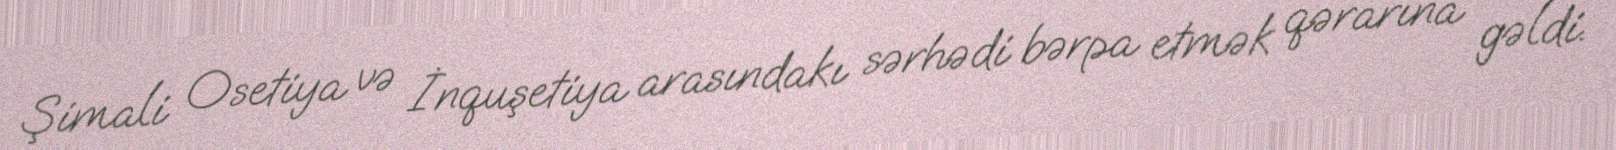
Şimali Osetiya və İnquşetiya arasındakı sərhədi bərpa etmək qərarına gəldi.